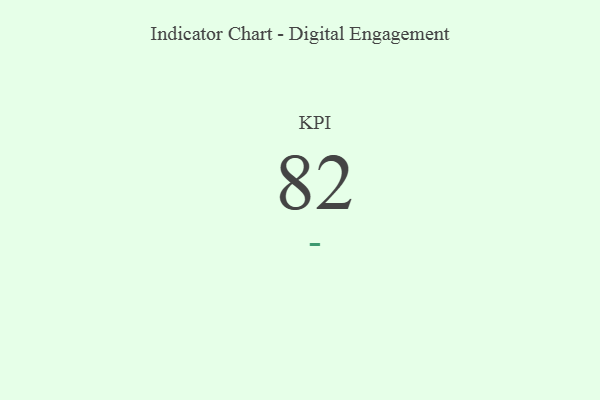
{"axis": {"x": "KPI", "y": "Value"}, "legend": [""], "data": [{"x": "KPI", "y": 82, "type": ""}]}